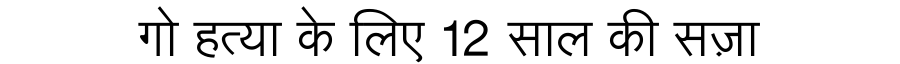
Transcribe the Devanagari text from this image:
गो हत्या के लिए 12 साल की सज़ा